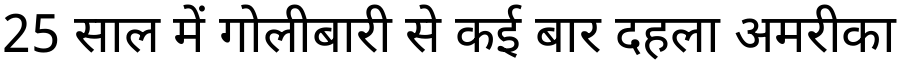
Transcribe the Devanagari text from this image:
25 साल में गोलीबारी से कई बार दहला अमरीका